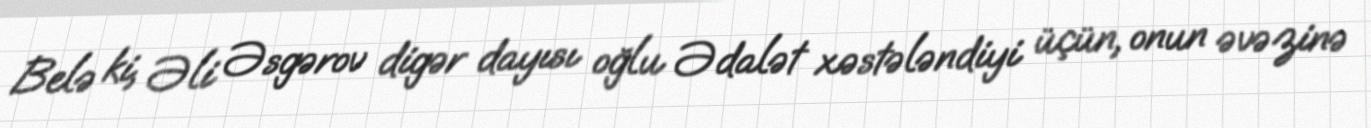
Belə ki, Əli Əsgərov digər dayısı oğlu Ədalət xəstələndiyi üçün, onun əvəzinə